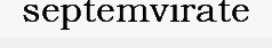
septemvirate